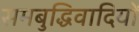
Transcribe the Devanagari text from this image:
समबुद्धिवादियों